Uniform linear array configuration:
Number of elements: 32
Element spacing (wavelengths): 0.5
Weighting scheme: hann
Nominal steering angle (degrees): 60
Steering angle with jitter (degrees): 58.601
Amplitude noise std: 0.05
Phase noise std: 0.05

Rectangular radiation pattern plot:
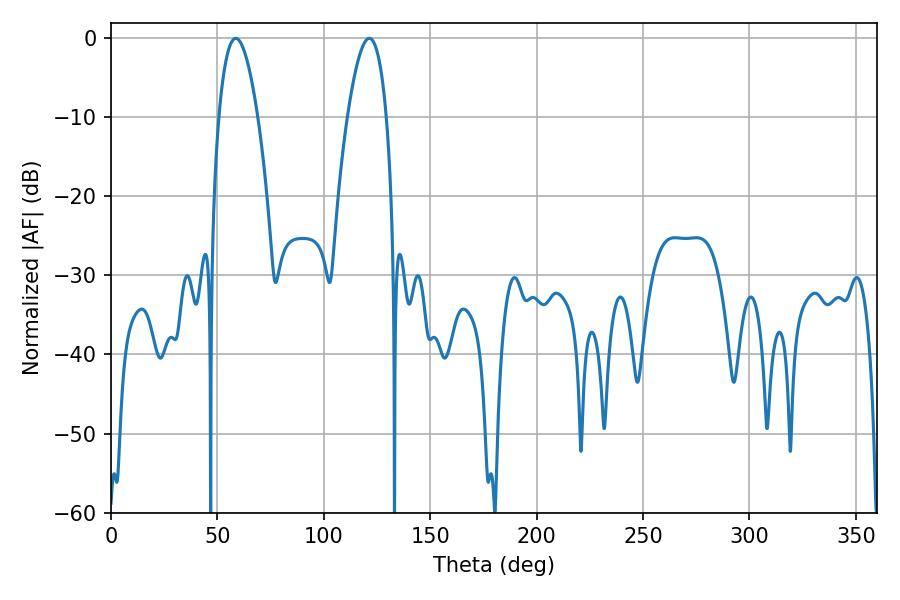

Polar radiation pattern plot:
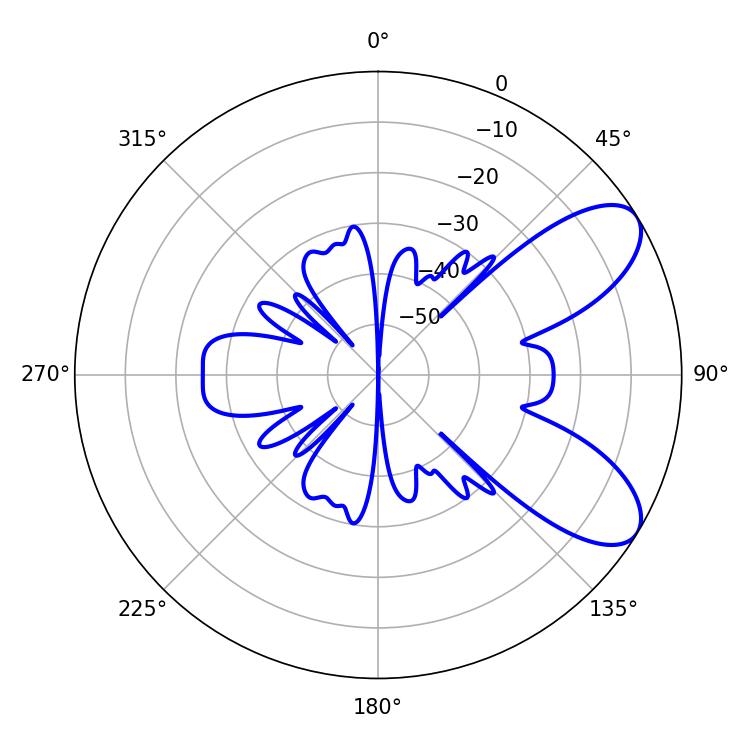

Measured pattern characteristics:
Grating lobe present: FALSE
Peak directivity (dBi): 7.922
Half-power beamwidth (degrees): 10.08
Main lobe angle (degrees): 58.68